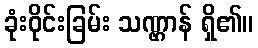
ခုံးဝိုင်းခြမ်း သဏ္ဌာန် ရှိ၏။